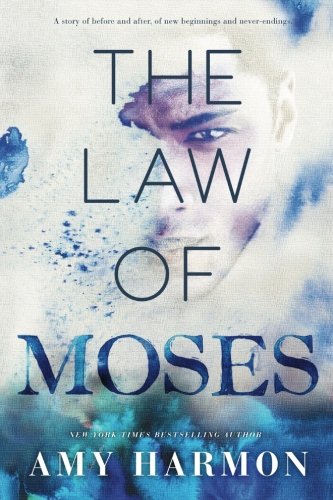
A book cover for The Law of Moses; Amy Harmon; Romance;